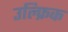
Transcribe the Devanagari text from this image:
उल्फ्रिक